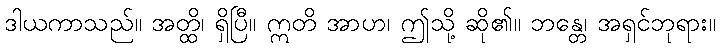
ဒါယကာသည်။ အတ္ထိ၊ ရှိပြီ။ ဣတိ အာဟ၊ ဤသို့ ဆို၏။ ဘန္တေ၊ အရှင်ဘုရား။